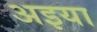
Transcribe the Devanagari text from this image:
अइया